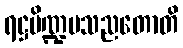
ရဋ္ဌပိဏ္ဍမသညတောတိ